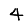
Digit: 4